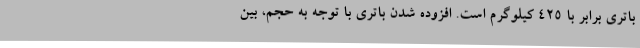
باتری برابر با 425 کیلوگرم است. افزوده شدن باتری با توجه به حجم، بین